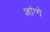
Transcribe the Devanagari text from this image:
शांग्गे